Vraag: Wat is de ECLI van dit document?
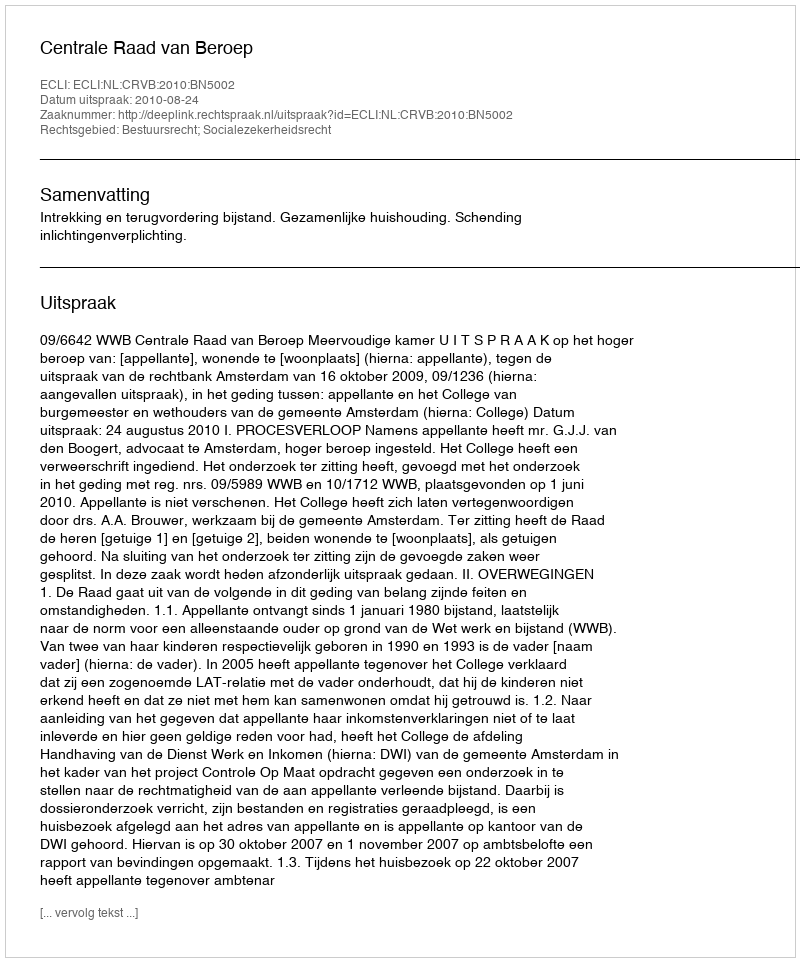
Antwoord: ECLI:NL:CRVB:2010:BN5002